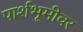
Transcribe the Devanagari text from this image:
पार्शभूमीवर